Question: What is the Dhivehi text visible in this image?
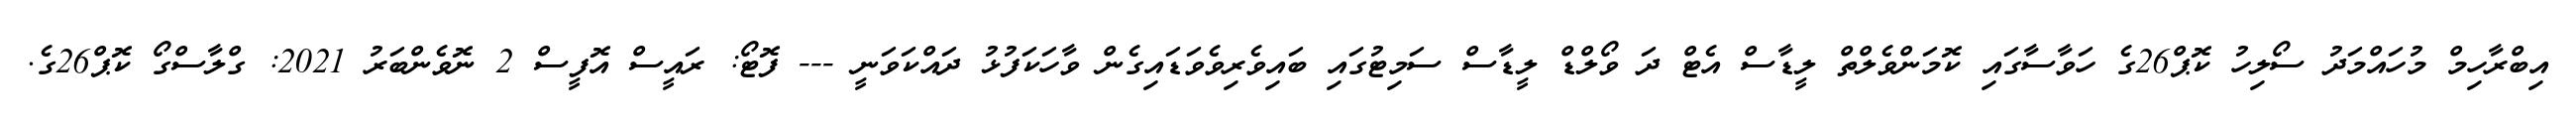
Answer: އިބްރާހިމް މުހައްމަދު ސޯލިހު ކޮޕް26ގެ ހަވާސާގައި ކޮމަންވެލްތް ލީޑާސް އެޓް ދަ ވޯލްޑް ލީޑާސް ސަމިޓުގައި ބައިވެރިވެވަޑައިގެން ވާހަކަފުޅު ދައްކަވަނީ --- ފޮޓޯ: ރައީސް އޮފީސް 2 ނޮވެންބަރު 2021: ގްލާސްގޯ ކޮޕް26ގެ.